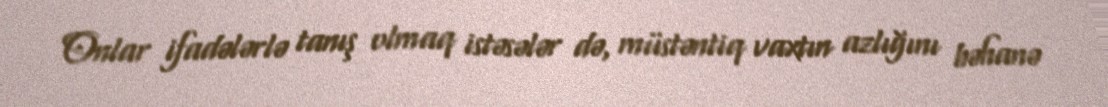
Onlar ifadələrlə tanış olmaq istəsələr də, müstəntiq vaxtın azlığını bəhanə